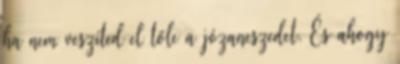
ha nem veszíted el tőle a józaneszedet. És ahogy